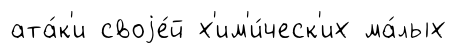
ата́к'и своjе́й х'им'и́ческ'их ма́лых